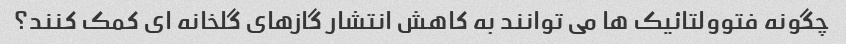
چگونه فتوولتائیک ها می توانند به کاهش انتشار گازهای گلخانه ای کمک کنند؟